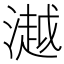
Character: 𣾼